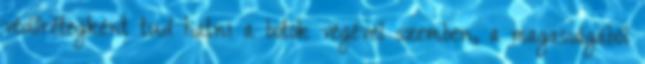
védőrétegként tud hatni a botok végével szemben, a magasságából